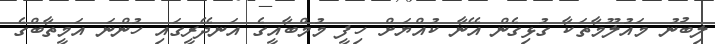
ލިބުނު މައުލޫމާތަކާ ގުޅިގެން އޭނާ ކުއްޔަށް ހިފީ މުމްބާއީގެ އަނދޭރީގައި ހުންނަ އަމީތާބްގެ